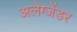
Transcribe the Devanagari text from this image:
अलेग्जेंडर